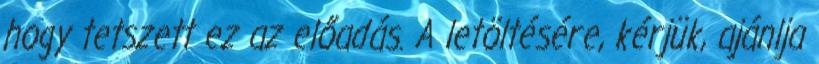
hogy tetszett ez az előadás. A letöltésére, kérjük, ajánlja